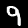
Label: 9